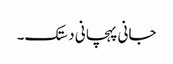
جانی پہچانی دستک۔